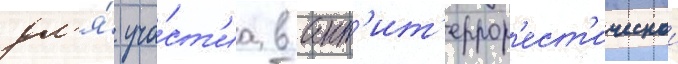
дл'я́ уча́ст'иа в ант'ит'еррор'ест'ическои